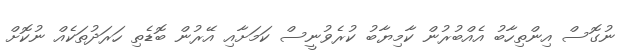
ނުގޮސް އިންތިހާބު އެއްބުރުން ކާމިޔާބު ކުރެވުނީސް ކަމަށާއި އޭރުން ބޮޑެތި ހަރަދުތަކެއް ނުކޮށް